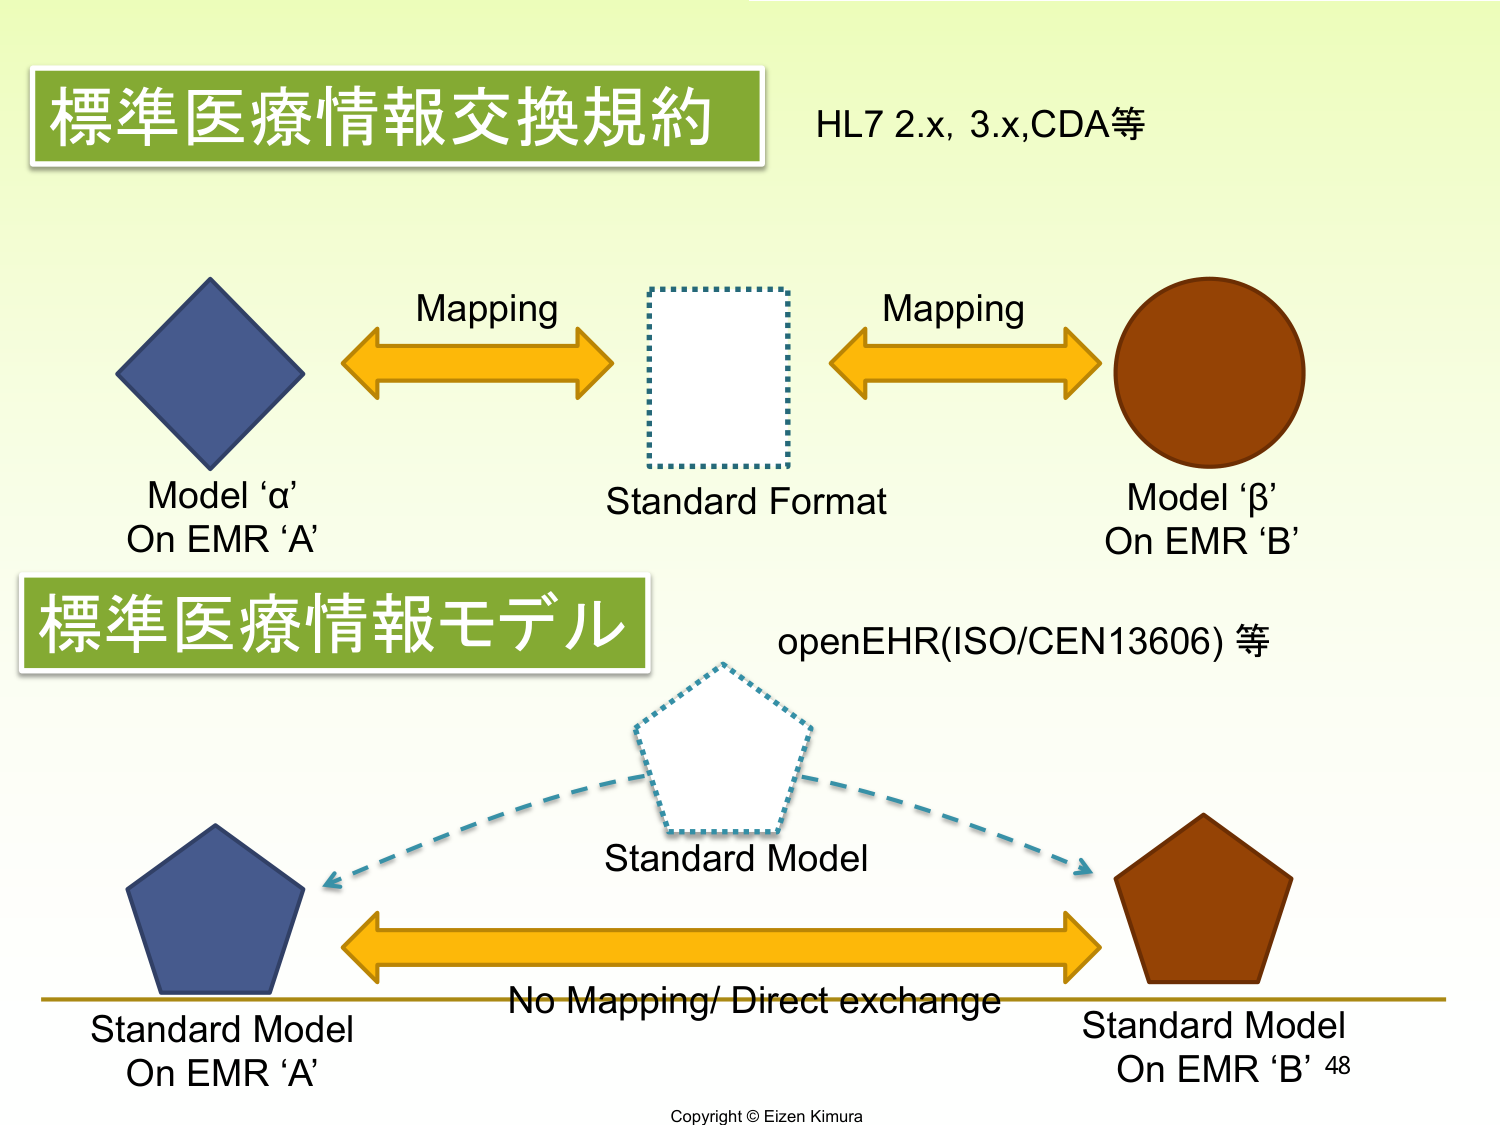
標準医療情報交換規約
HL7 2.x, 3.x,CDA等
Mapping
Model ‘α’
On EMR ‘A’
Standard Format
Mapping
Model ‘β’
On EMR ‘B’
標準医療情報モデル
openEHR(ISO/CEN13606) 等
Standard Model
Standard Model
On EMR ‘A’
No Mapping/ Direct exchange
Standard Model
On EMR ‘B’ 48
Copyright © Eizen Kimura